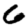
Digit: 6